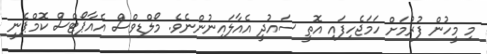
މި މީހުން ފުރުމަށް ހަމަޖެހިފައި އޮތީ ސައުދީ އެއާލައިނުންނެވެ. މޯލްޑިވްސް އެއާޕޯޓްސް ކޮމްޕެނީ